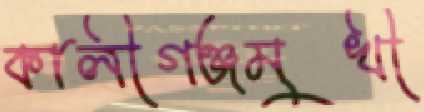
কালীগঞ্জমুখী